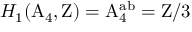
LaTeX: H _ { 1 } ( \mathrm { A } _ { 4 } , \mathrm { Z } ) = \mathrm { A } _ { 4 } ^ { \mathrm { a b } } = \mathrm { Z } / 3